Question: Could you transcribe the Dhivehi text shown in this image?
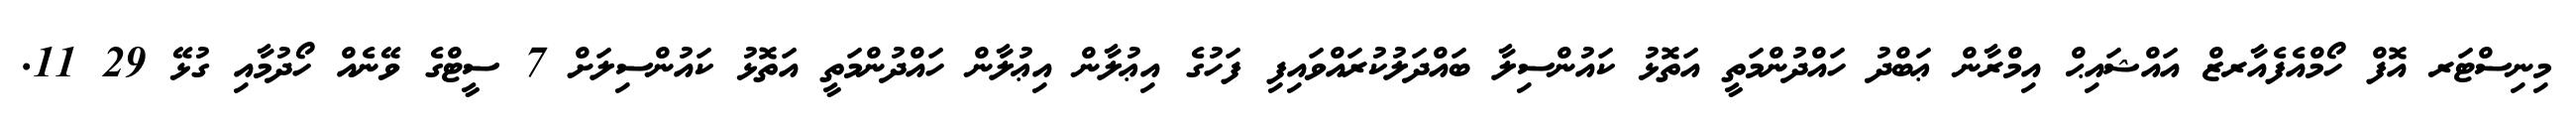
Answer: މިނިސްޓަރ އޮފް ހޯމްއެފެއާރޒް އައްޝައިޙް އިމްރާން ޢަބްދު ހައްދުންމަތީ އަތޮޅު ކައުންސިލާ ބައްދަލުކުރައްވައިފި ފަހުގެ އިޢުލާން އިޢުލާން ހައްދުންމަތީ އަތޮޅު ކައުންސިލަށް 7 ސީޓްގެ ވޭނެއް ހޯދުމާއި ގުޅޭ 29 11.